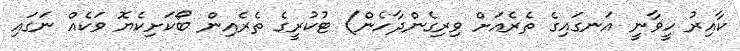
ކާއިރު ހީވާނީ އަނގައިގެ ތެރެއަށް ވިރިގެންދާހެން) ޓުކުރީގެ ތެރެއިން ބޯކަށިކެޔޮ ވަކެއް ނަގައި